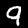
Label: 9